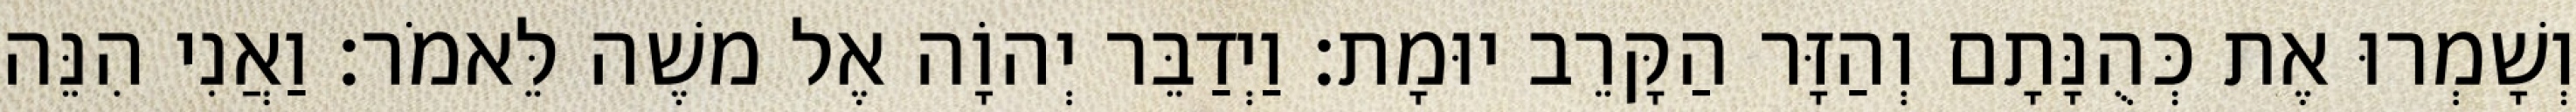
וְשָׁמְרוּ אֶת כְּהֻנָּתָם וְהַזָּר הַקָּרֵב יוּמָת׃ וַיְדַבֵּר יְהוָֹה אֶל משֶׁה לֵּאמֹר׃ וַאֲנִי הִנֵּה